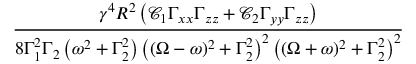
\frac { \gamma ^ { 4 } R ^ { 2 } \left( \mathcal C _ { 1 } \Gamma _ { x x } \Gamma _ { z z } + \mathcal C _ { 2 } \Gamma _ { y y } \Gamma _ { z z } \right) } { 8 \Gamma _ { 1 } ^ { 2 } \Gamma _ { 2 } \left( \omega ^ { 2 } + \Gamma _ { 2 } ^ { 2 } \right) \left( ( \Omega - \omega ) ^ { 2 } + \Gamma _ { 2 } ^ { 2 } \right) ^ { 2 } \left( ( \Omega + \omega ) ^ { 2 } + \Gamma _ { 2 } ^ { 2 } \right) ^ { 2 } }